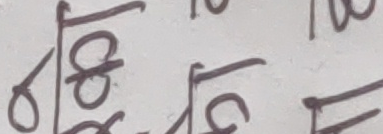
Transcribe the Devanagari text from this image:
८०/